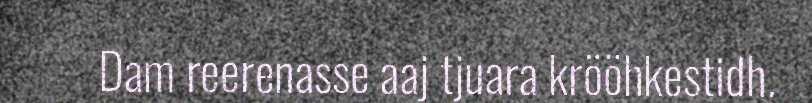
Dam reerenasse aaj tjuara krööhkestidh.